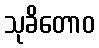
သုခိတောဝ